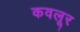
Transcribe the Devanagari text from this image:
कवलूर